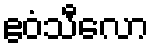
ဧဝံသီလော